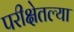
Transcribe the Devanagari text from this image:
परीक्षेतल्या